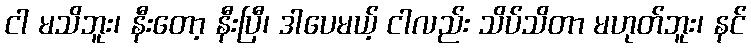
ငါ မသိဘူး၊ နီးတော့ နီးပြီ၊ ဒါပေမယ့် ငါလည်း သိပ်သိတာ မဟုတ်ဘူး၊ နင်